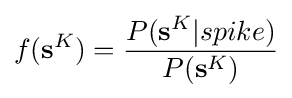
f(\mathbf {s} ^{K})={\frac {P(\mathbf {s} ^{K}|spike)}{P(\mathbf {s} ^{K})}}